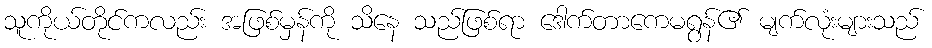
သူကိုယ်တိုင်ကလည်း အဖြစ်မှန်ကို သိနေ သည်ဖြစ်ရာ ဒေါက်တာကေမရွန်၏ မျက်လုံးများသည်